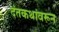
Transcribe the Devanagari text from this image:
दंतकथांवरून